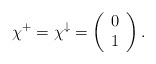
\begin{align*}\chi^{+} = \chi^{\downarrow}= \left(\begin{array}{cc}0 \\1\end{array}\right).\end{align*}